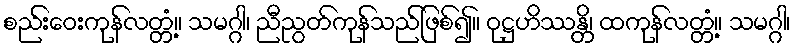
စည်းဝေးကုန်လတ္တံ့။ သမဂ္ဂါ၊ ညီညွတ်ကုန်သည်ဖြစ်၍။ ဝုဋ္ဌဟိဿန္တိ၊ ထကုန်လတ္တံ့။ သမဂ္ဂါ၊